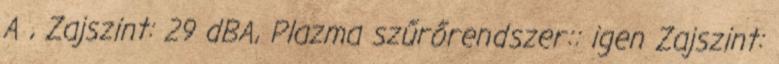
A , Zajszint: 29 dBA, Plazma szűrőrendszer:: igen Zajszint: